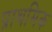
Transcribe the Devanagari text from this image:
प्राथमिक